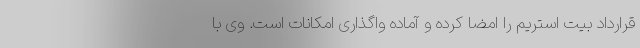
قرارداد بیت استریم را امضا کرده و آماده واگذاری امکانات است. وی با